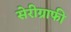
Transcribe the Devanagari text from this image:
सेरीग्राफी